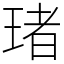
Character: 琽